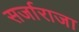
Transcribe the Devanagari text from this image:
सर्जाराजा